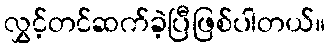
လွှင့်တင်ဆက်ခဲ့ပြီဖြစ်ပါတယ်။